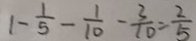
1 - \frac { 1 } { 5 } - \frac { 1 } { 1 0 } - \frac { 3 } { 1 0 } = \frac { 2 } { 5 }